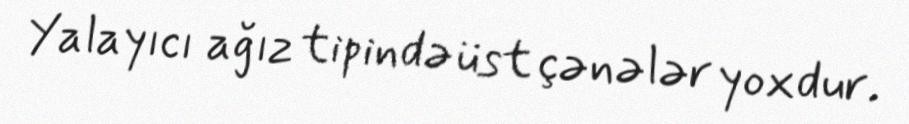
Yalayıcı ağız tipində üst çənələr yoxdur.